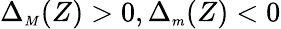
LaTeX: \Delta_{{\scriptscriptstyle M}}(Z)>0,\Delta_{{\scriptscriptstyle m}}(Z)<0